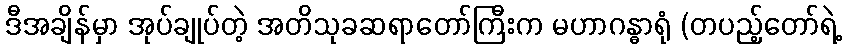
ဒီအချိန်မှာ အုပ်ချုပ်တဲ့ အတိသုခဆရာတော်ကြီးက မဟာဂန္ဓာရုံ (တပည့်တော်ရဲ့